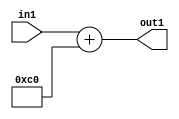
`timescale 1ps / 1ps
/*****************************************************************************
    Verilog RTL Description
    
    
    Created by: Stratus DpOpt 2019.1.01 
*******************************************************************************/

module DC_Filter_Add_12U_15_4 (
	in1,
	out1
	); /* architecture "behavioural" */ 
input [11:0] in1;
output [11:0] out1;
wire [11:0] asc001;

assign asc001 = 
	+(in1)
	+(12'B000011000000);

assign out1 = asc001;
endmodule

/* CADENCE  urnyTgE= : u9/ySgnWtBlWxVPRXgAZ4Og= ** DO NOT EDIT THIS LINE ******/